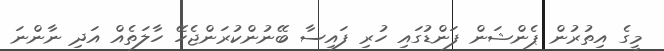
މީގެ އިތުރުން ޕެންޝަން ފަންޑުގައި ހުރި ފައިސާ ބޭނުންކުރަންޖެހޭ ހާލަތެއް އަދި ނާންނަ